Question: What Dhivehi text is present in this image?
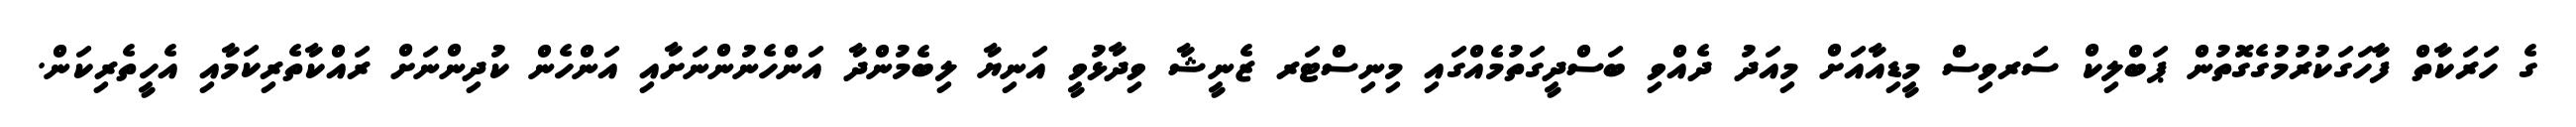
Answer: ގެ ހަރަކާތް ފާހަގަކުރުމުގެގޮތުން ޕަބްލިކް ސަރވިސް މީޑިއާއަށް މިއަދު ދެއްވި ބަސްދީގަތުމެއްގައި މިނިސްޓަރ ޒެނީޝާ ވިދާޅުވީ އަނިޔާ ލިބެމުންދާ އަންހެނުންނަށާއި އަންހެން ކުދިންނަށް ރައްކާތެރިކަމާއި އެހީތެރިކަން.